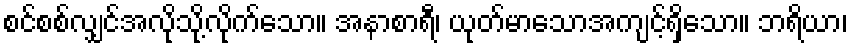
စင်စစ်လျှင်အလိုသို့လိုက်သော။ အနာစာရီ၊ ယုတ်မာသောအကျင့်ရှိသော။ ဘရိယာ၊